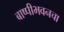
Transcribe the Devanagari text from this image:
बाष्पीभवनचा